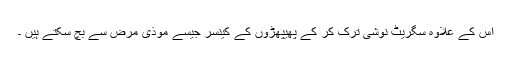
اس کے علاوہ سگریٹ نوشی ترک کر کے پھیپھڑوں کے کینسر جیسے موذی مرض سے بچ سکتے ہیں ۔